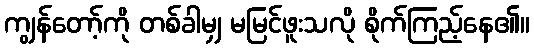
ကျွန်တော့်ကို တစ်ခါမျှ မမြင်ဖူးသလို စိုက်ကြည့်နေ၏။